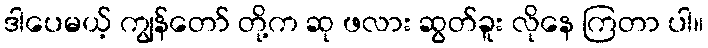
ဒါပေမယ့် ကျွန်တော် တို့က ဆု ဖလား ဆွတ်ခူး လိုနေ ကြတာ ပါ။